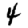
Digit: 4